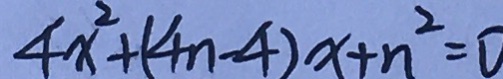
4 x ^ { 2 } + ( 4 n - 4 ) x + n ^ { 2 } = 0